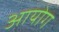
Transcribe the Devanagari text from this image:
अायोग